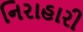
નિરાહારી